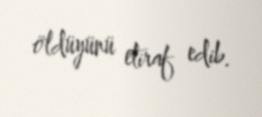
öldüyünü etiraf edib.